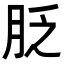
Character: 𦚖